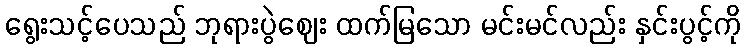
ရွေးသင့်ပေသည် ဘုရားပွဲဈေး ထက်မြသော မင်းမင်လည်း နှင်းပွင့်ကို